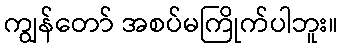
ကျွန်တော် အစပ်မကြိုက်ပါဘူး။